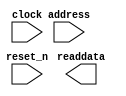
// This program was cloned from: https://github.com/stanford-ppl/spatial-lang
// License: MIT License

module pr_region_default_sysid_qsys_0 (
		input  wire        clock,    //           clk.clk
		output wire [31:0] readdata, // control_slave.readdata
		input  wire        address,  //              .address
		input  wire        reset_n   //         reset.reset_n
	);
endmodule